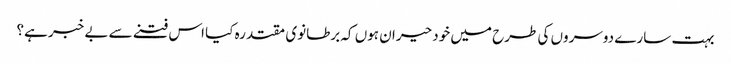
بہت سارے دوسروں کی طرح میں خود حیران ہوں کہ برطانوی مقتدرہ کیا اس فتنے سے بے خبر ہے؟